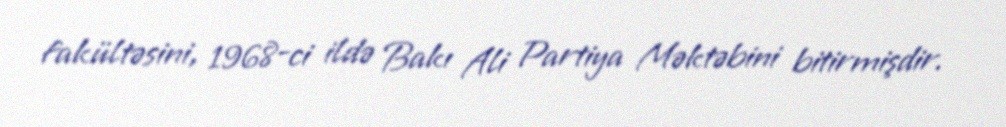
fakültəsini, 1968-ci ildə Bakı Ali Partiya Məktəbini bitirmişdir.